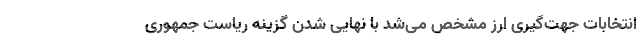
انتخابات جهت‌گیری ارز مشخص می‌شد با نهایی شدن گزینه ریاست جمهوری